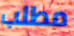
مطلب